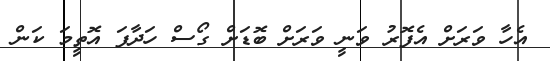
އެހާ ވަރަށް އެފޮރު ވަނީ ވަރަށް ބޮޑަށް ގޯސް ހަދާފަ އޮތީމަ ކަން